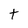
Character: t